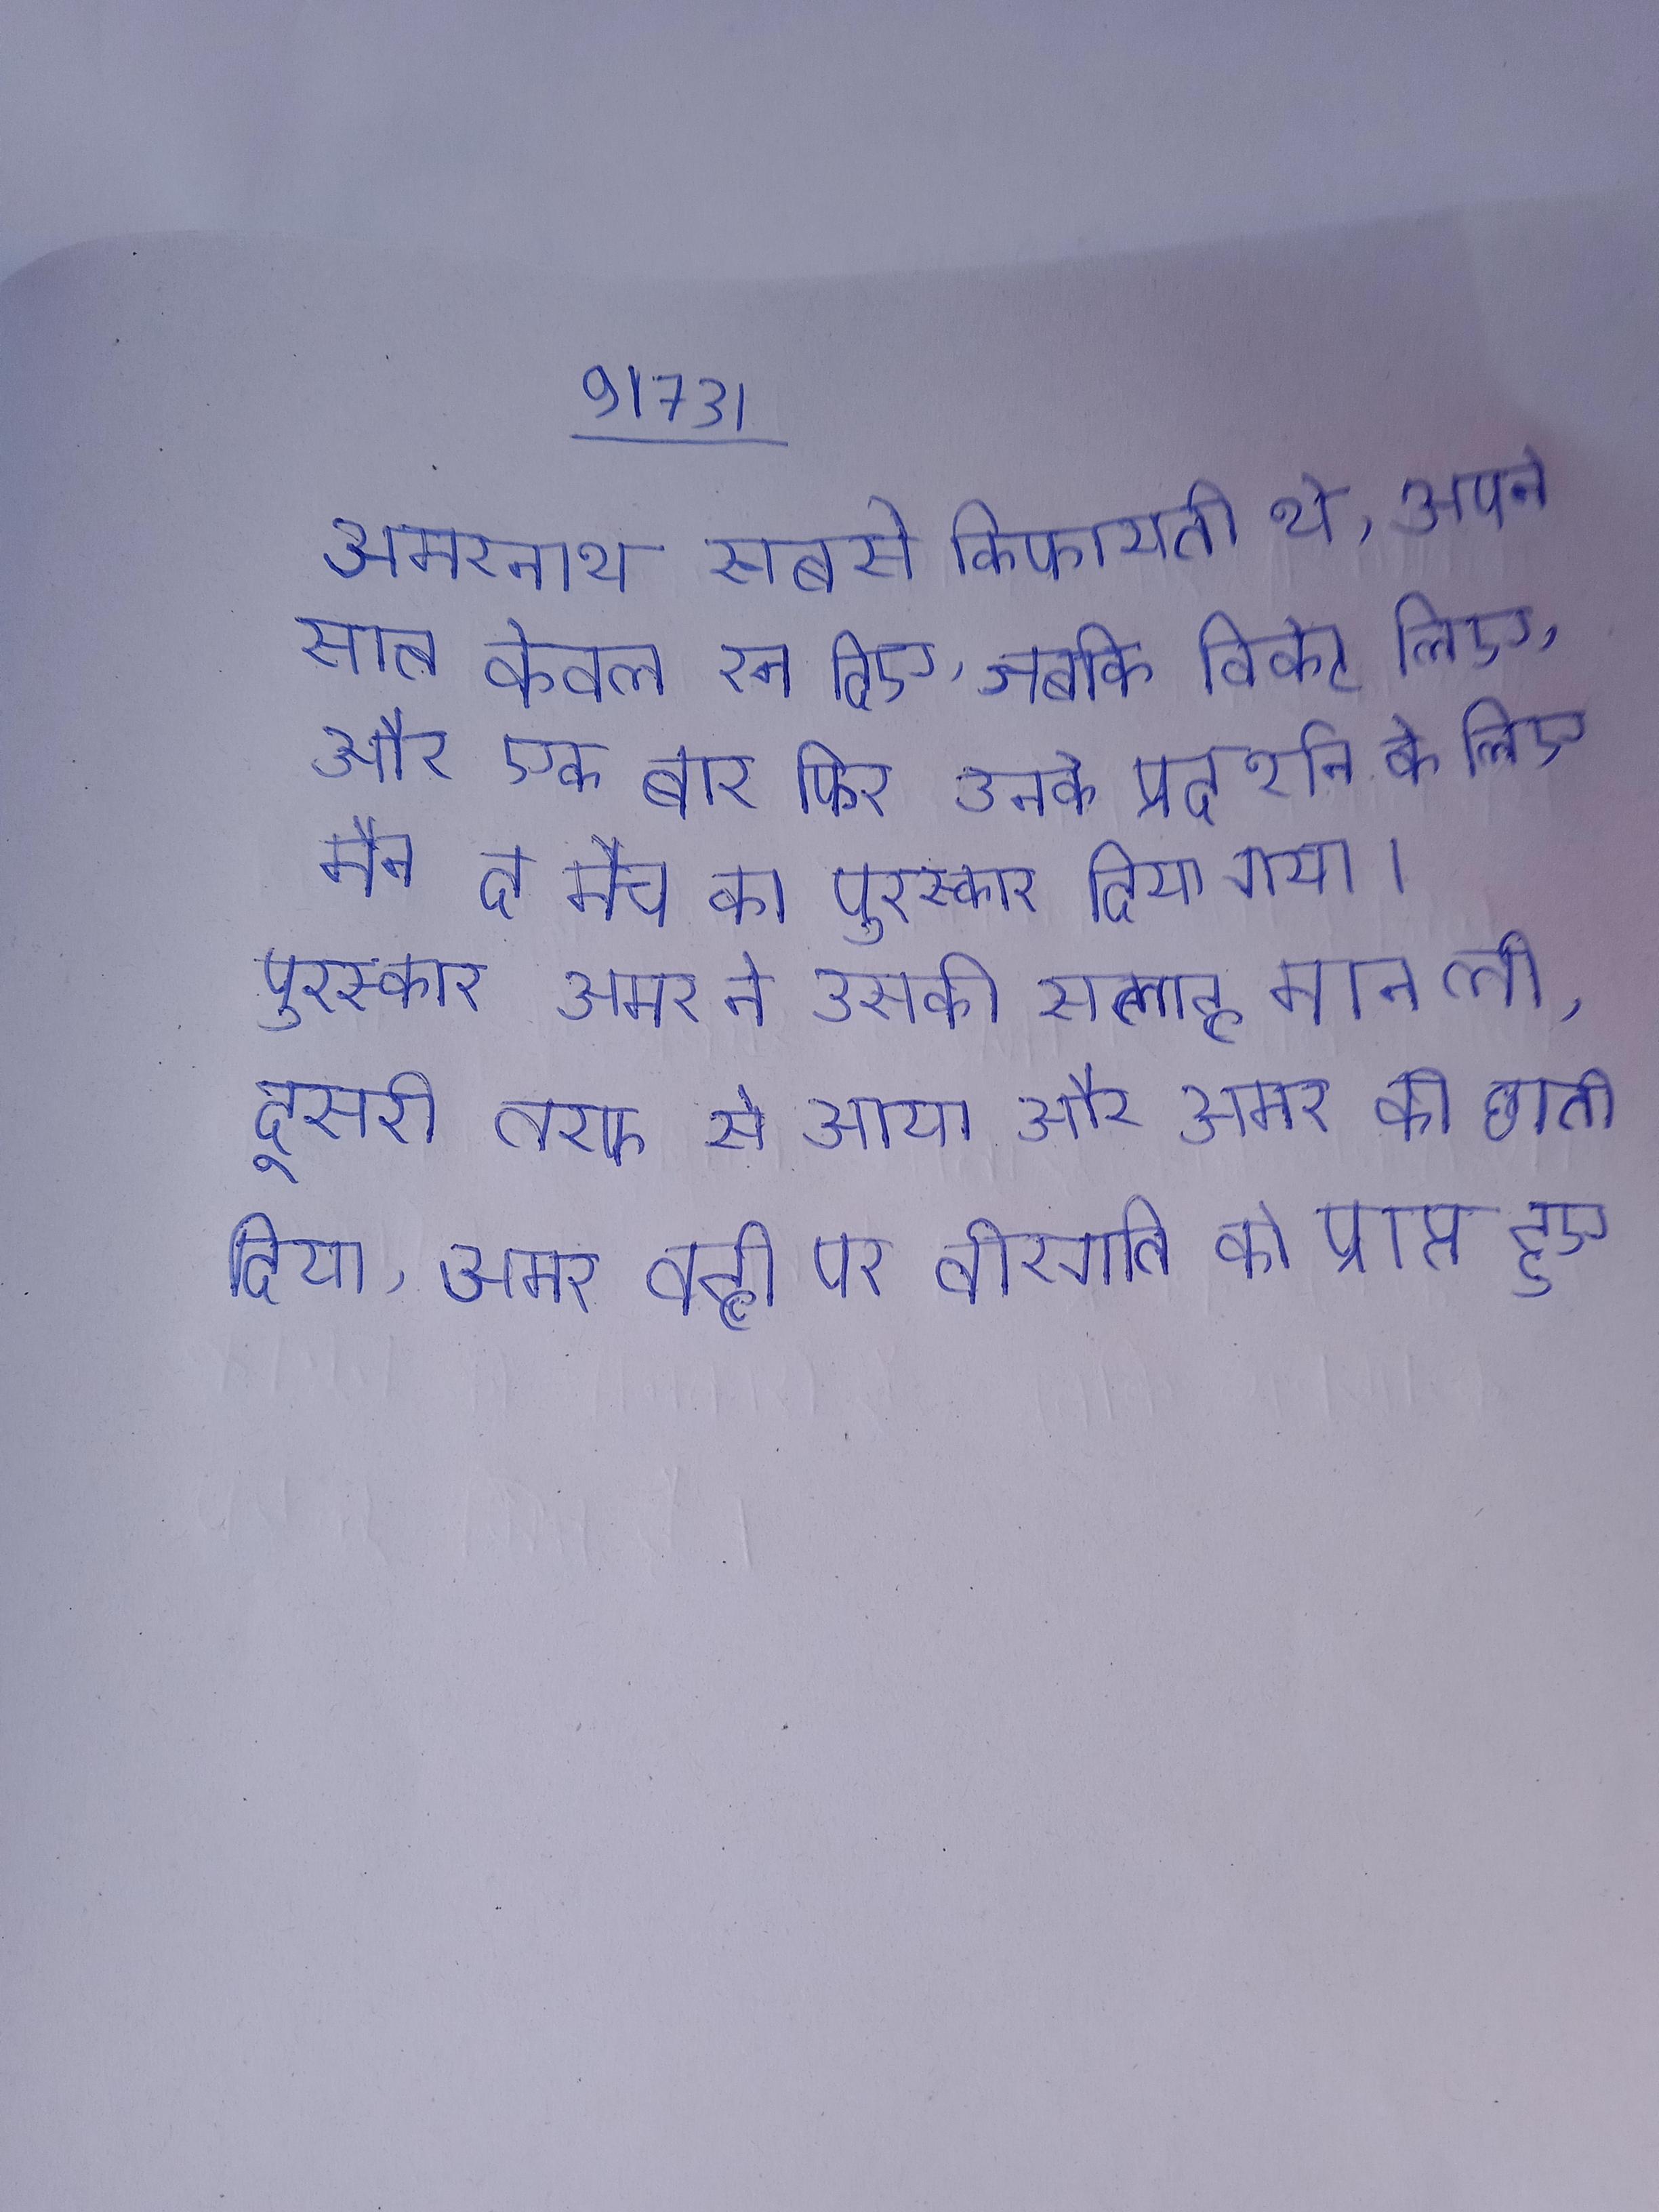
अमरनाथ सबसे किफायती थे, अपने सात केवल रन दिए, जबकि विकेट लिए, और एक बार फिर उनके प्रदर्शन के लिए मैन द मैच का पुरस्कार दिया गया । अमर ने उसकी सलाह मान ली, दूसरी तरफ से आया और अमर की छाती दिया,अमर वही पर वीरगति को प्राप्त हुए ।